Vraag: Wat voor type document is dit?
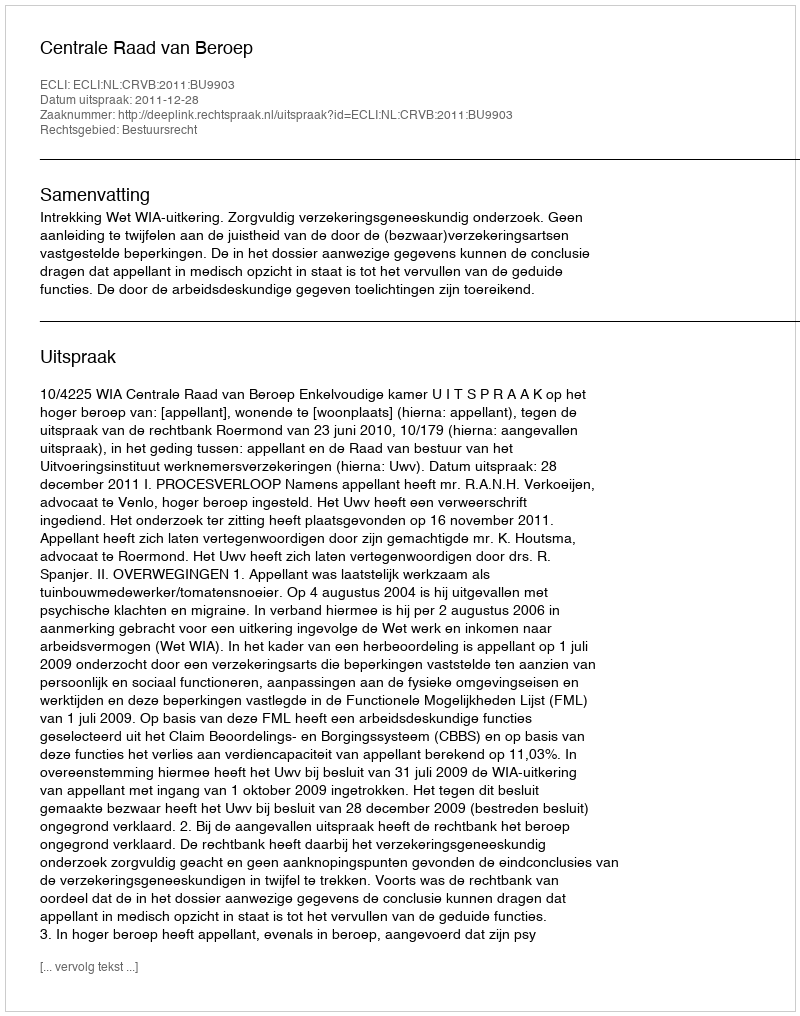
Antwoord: Uitspraak